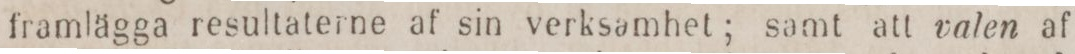
framlägga resultaterne af sin verksamhet; samt att valen af